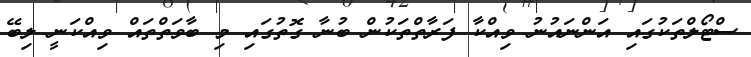
ސްޓޯލްތަކުގައި އަންނައުނު ވިއްކާ ފަރާތްތަކުން ބުނާ ގޮތުގައި މި ބާވަތްތައް ވިއްކަނީ ލިބޭ